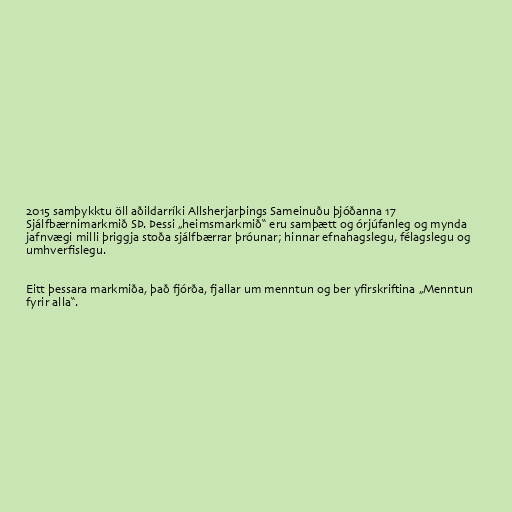
2015 samþykktu öll aðildarríki Allsherjarþings Sameinuðu þjóðanna 17
Sjálfbærnimarkmið SÞ. Þessi „heimsmarkmið“ eru samþætt og órjúfanleg og mynda
jafnvægi milli þriggja stoða sjálfbærrar þróunar; hinnar efnahagslegu, félagslegu og
umhverfislegu.

Eitt þessara markmiða, það fjórða, fjallar um menntun og ber yfirskriftina „Menntun
fyrir alla“.